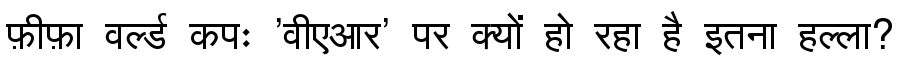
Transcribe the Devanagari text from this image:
फ़ीफ़ा वर्ल्ड कपः 'वीएआर' पर क्यों हो रहा है इतना हल्ला?